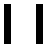
၊ ၊